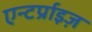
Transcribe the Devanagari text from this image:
एन्टर्प्राइज़